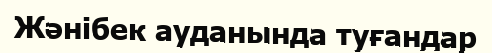
Жәнібек ауданында туғандар